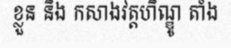
ខ្លួន និង កសាងវត្តហិណ្ឌូ តាំង